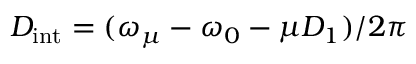
D _ { \mathrm { i n t } } = ( \omega _ { \mu } - \omega _ { 0 } - \mu D _ { 1 } ) / 2 \pi